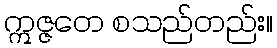
ဣဇ္ဇတေ စသည်တည်း။